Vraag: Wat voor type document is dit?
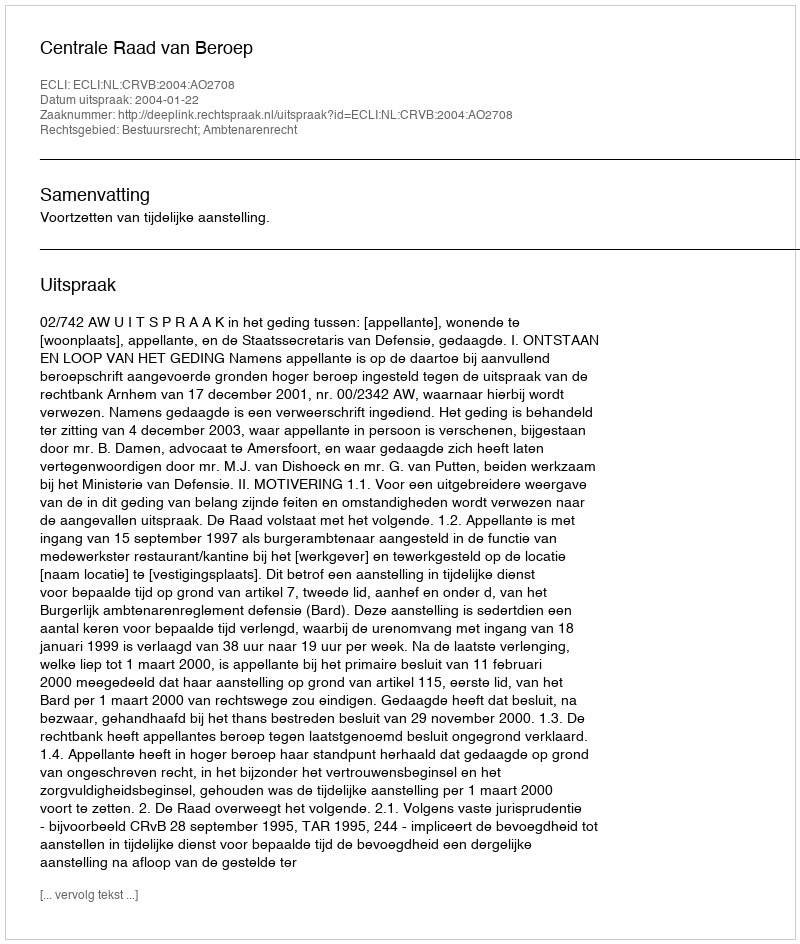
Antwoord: Uitspraak